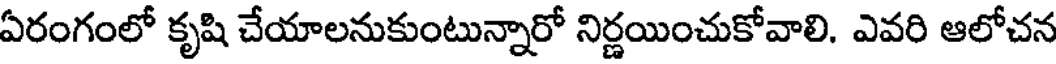
ఏరంగంలో కృషి చేయాలనుకుంటున్నారో నిర్ణయించుకోవాలి. ఎవరి ఆలోచన